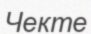
Чекте